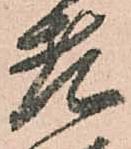
老